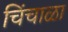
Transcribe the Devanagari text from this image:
चिंचाळा